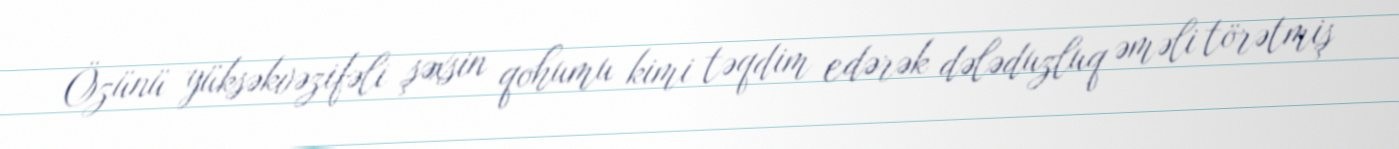
Özünü yüksəkvəzifəli şəxsin qohumu kimi təqdim edərək dələduzluq əməli törətmiş